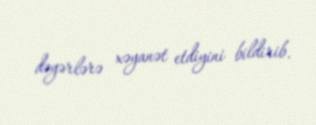
dəyərlərə xəyanət etdiyini bildirib.